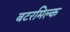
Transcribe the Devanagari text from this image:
बटरमिल्क